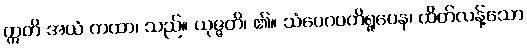
ဣတိ အယံ ကထာ၊ သည်။ ယုဇ္ဇတိ၊ ၏။ သံဝေဂပတိရူပေန၊ ထိတ်လန့်သော